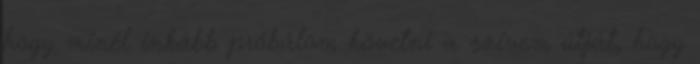
hogy minél inkább próbálom követni a szívem útját, hogy